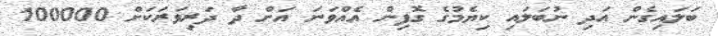
ބަލައިގެން އަދި ނުބަލައި ކިޔެމުގެ ގޮފިން އެއްވަނަ އަށް ދާ ދަރިވަރަކަށް 100000